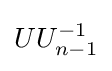
UU_{n-1}^{-1}